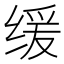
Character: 缓